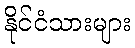
နိုင်ငံသားများ